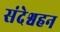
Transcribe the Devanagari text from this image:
संदेश्वहन